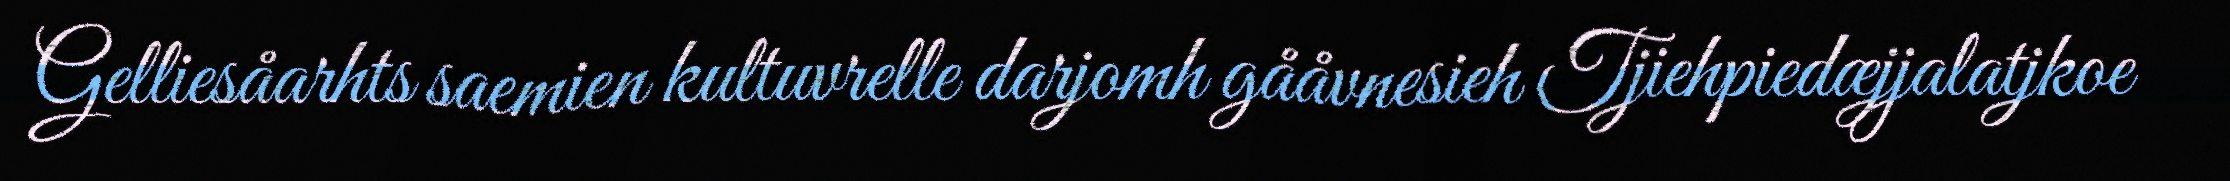
Gelliesåarhts saemien kultuvrelle darjomh gååvnesieh Tjiehpiedæjjalatjkoe